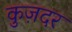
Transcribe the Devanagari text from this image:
कुज़दर